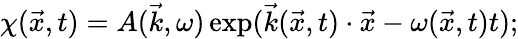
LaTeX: \chi(\vec{x},t)=A(\vec{k},\omega)\exp(\vec{k}(\vec{x},t)\cdot\vec{x}-\omega(\vec{x},t)t);